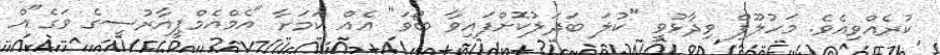
ކުރެއްވިއެވެ. މަހުލޫފް ވިދާޅުވީ "ކުލަ ބަދަލުކޮށްފައިވާ ބޯވަ" އެއް ކަމަށާ "އެމްއެމްޕީއާރުސީގެ ވަގެ"އް